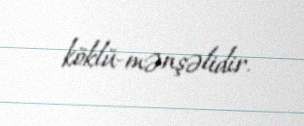
köklü-mənşəlidir.